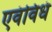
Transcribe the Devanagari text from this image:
एवंविधं